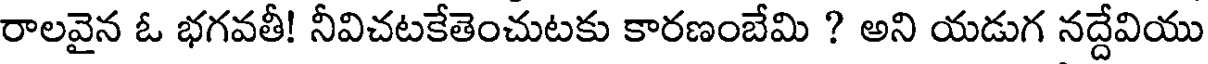
రాలవైన ఓ భగవతీ! నీవిచటకేతెంచుటకు కారణంబేమి ? అని యడుగ నద్దేవియు